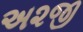
અ૨જી